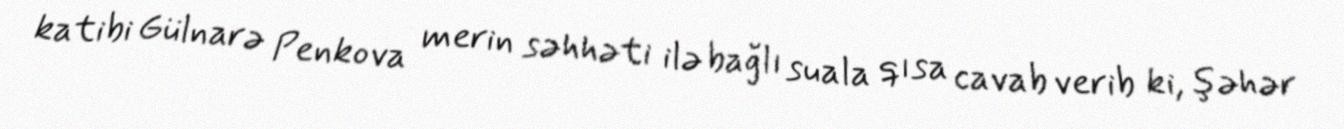
katibi Gülnarə Penkova merin səhhəti ilə bağlı suala qısa cavab verib ki, şəhər